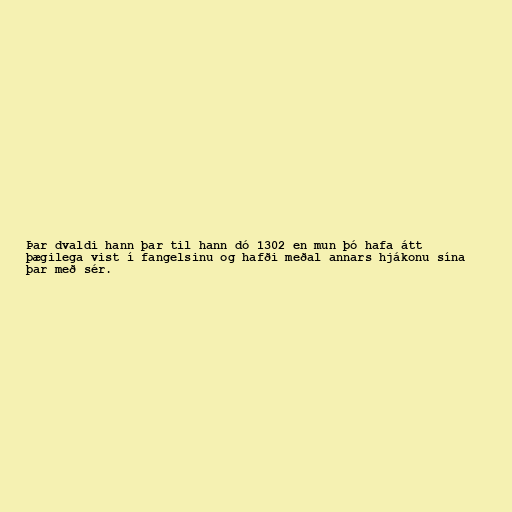
Þar dvaldi hann þar til hann dó 1302 en mun þó hafa átt
þægilega vist í fangelsinu og hafði meðal annars hjákonu sína
þar með sér.